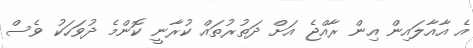
އެ އާއާލައިން އިން ރާއްޖެ އަށް ދަތުރުތައް ކުރާނީ ކޮންމެ ދުވަހަކު ވެސް